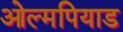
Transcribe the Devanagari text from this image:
ओल्मपियाड